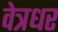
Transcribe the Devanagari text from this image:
वेत्रधर